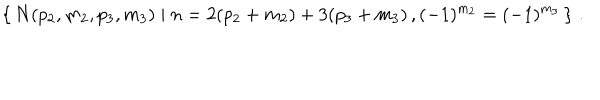
LaTeX: \left\{ \, N ( p _ { 2 } , m _ { 2 } , p _ { 3 } , m _ { 3 } ) \mid n = 2 ( p _ { 2 } + m _ { 2 } ) + 3 ( p _ { 3 } + m _ { 3 } ) \, , ( - 1 ) ^ { m _ { 2 } } = ( - 1 ) ^ { m _ { 3 } } \, \right\} \, .